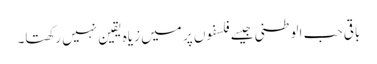
باقی حب الوطنی جیسے فلسفوں پر میں زیاہ یقین نہیں رکھتا۔